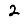
Digit: 2